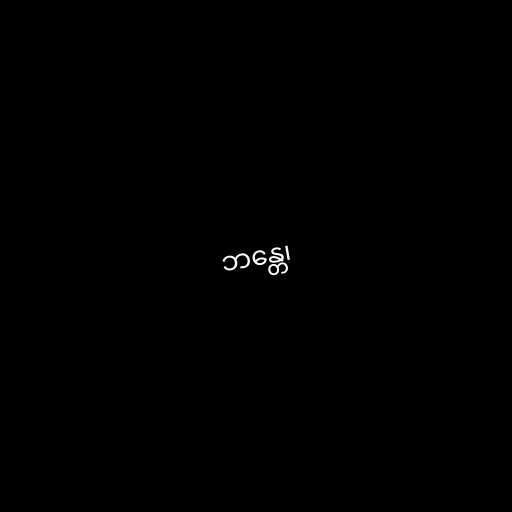
ဘန္တေ၊